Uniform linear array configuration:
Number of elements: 48
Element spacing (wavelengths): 0.5
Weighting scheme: kaiser
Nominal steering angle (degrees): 60
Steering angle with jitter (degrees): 58.329
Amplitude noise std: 0.05
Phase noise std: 0.05

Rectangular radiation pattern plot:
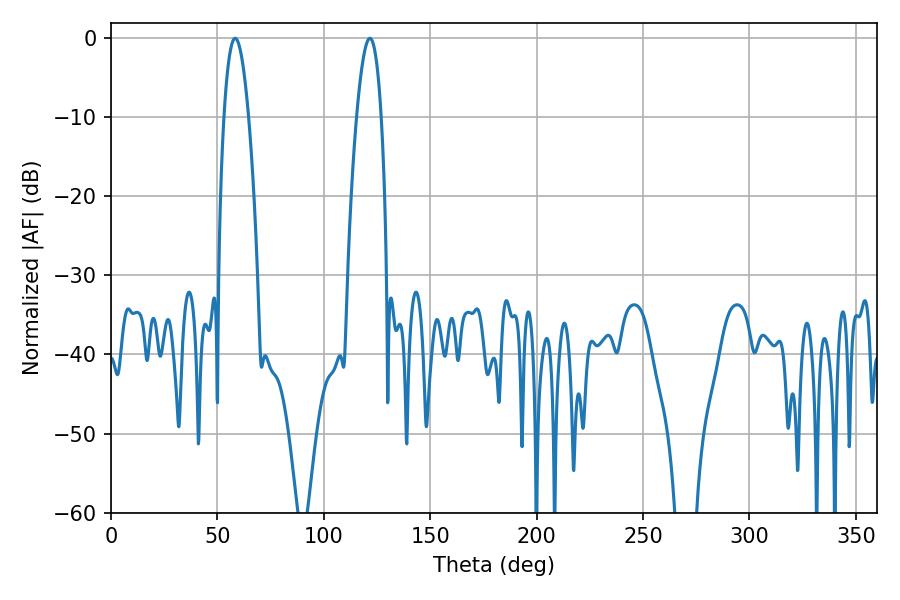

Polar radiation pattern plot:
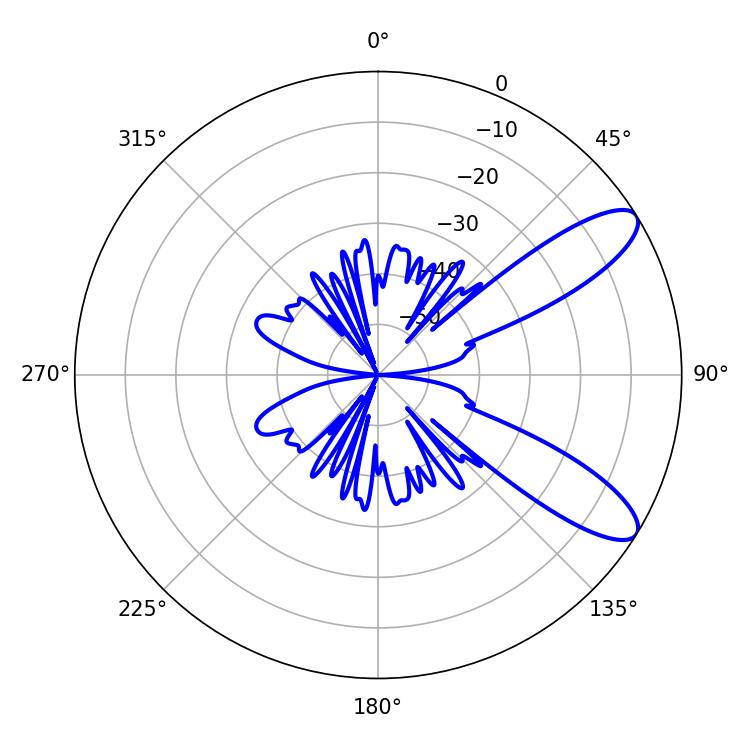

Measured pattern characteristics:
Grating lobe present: FALSE
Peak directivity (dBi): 9.912
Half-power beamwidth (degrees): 6.48
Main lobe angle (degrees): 58.32